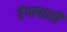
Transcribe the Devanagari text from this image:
रेंगापाली